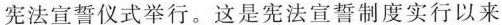
宪法宣誓仪式举行。这是宪法宣誓制度实行以来